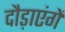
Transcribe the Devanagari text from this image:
दौड़ाएंगें